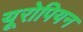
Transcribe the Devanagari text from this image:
यूरोपियन